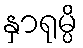
နှာရုမ္ပိ